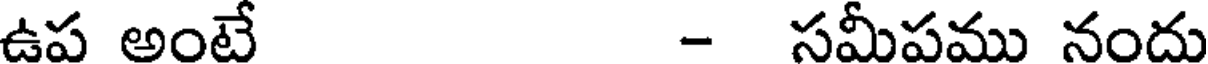
ఉప అంటే - సమీపము నందు